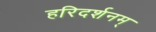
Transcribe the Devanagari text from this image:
हरिदर्शनम्